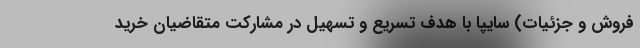
فروش و جزئیات) سایپا با هدف تسریع و تسهیل در مشارکت متقاضیان خرید